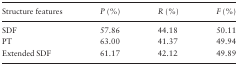
| Structure features | P (%) | R (%) | F (%) |
 | --- | --- | --- | --- |
 | SDF | 57.86 | 44.18 | 50.11 |
 | PT | 63.00 | 41.37 | 49.94 |
 | Extended SDF | 61.17 | 42.12 | 49.89 |